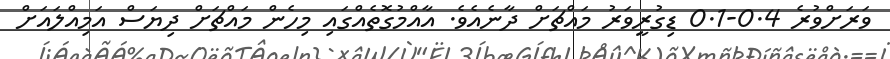
ވަރަށްވުރެ 0.4-0.1 ޑިގުރީވަރު މައްޗަށް ދާނެއެވެ. އާއްމުގޮތެއްގައި މިހެން މައްޗަށް ދިޔަސް އަމިއްލައަށް